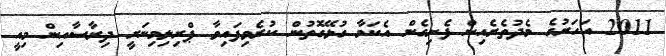
2011 އަހަރުގެ މެދުތެރެއިން ފެށިގެން އެކަމާ ގުޅޭގޮތުން ކުރެވިފައިވާ ޕްރިލިމިނަރީ ދިރާސާއިން މިއީ